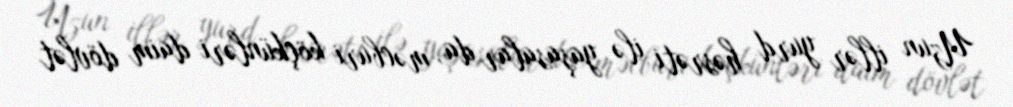
Uzun illər yurd həsrəti ilə yaşasalar da, məcburi köçkünləri daim dövlət